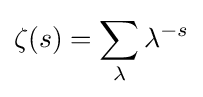
\zeta (s)=\sum _{\lambda }\lambda ^{-s}